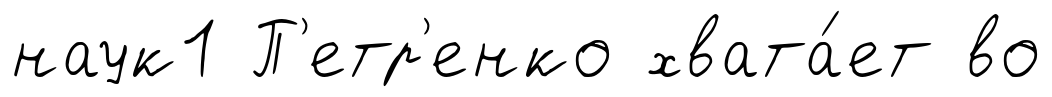
наук1 П'етр'енко хвата́ет во